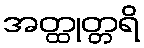
အတ္ထုတ္တရိ